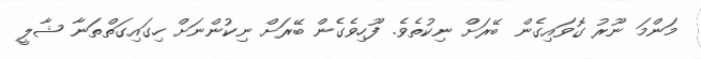
މަންމަ ނޫރު ގޮވައިގެން ބޭރަށް ނިކުތެވެ. ފޫހިވެގެން ބޭރަށް ނިކުންނަށް ހިގައިގަތްތަނާ ޝާލީ